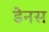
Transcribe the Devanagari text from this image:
डेनस